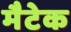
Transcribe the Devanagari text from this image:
मैटेक